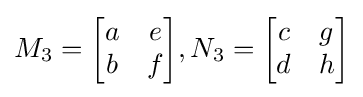
M_{3}={\begin{bmatrix}a&e\\b&f\end{bmatrix}},N_{3}={\begin{bmatrix}c&g\\d&h\end{bmatrix}}